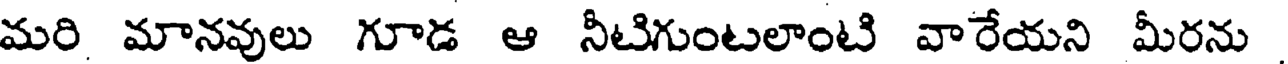
మరి మానవులు గూడ ఆ నీటిగుంటలాంటి వారేయని మీరను